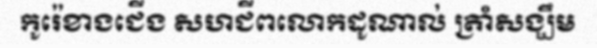
កូរ៉េខាងជើង សហជីពលោកដូណាល់ ត្រាំសង្ឃឹម